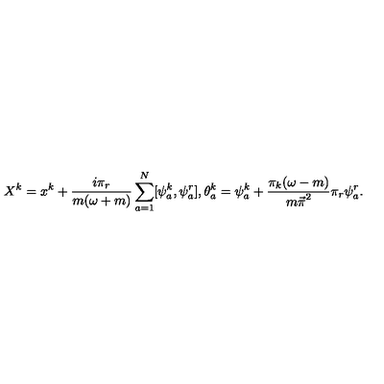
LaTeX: X ^ { k } = x ^ { k } + \frac { i \pi _ { r } } { m ( \omega + m ) } \sum _ { a = 1 } ^ { N } [ \psi _ { a } ^ { k } , \psi _ { a } ^ { r } ] , \theta _ { a } ^ { k } = \psi _ { a } ^ { k } + \frac { \pi _ { k } ( \omega - m ) } { { m \vec { \pi } } ^ { 2 } } \pi _ { r } \psi _ { a } ^ { r } .